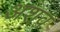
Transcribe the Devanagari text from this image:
अशव